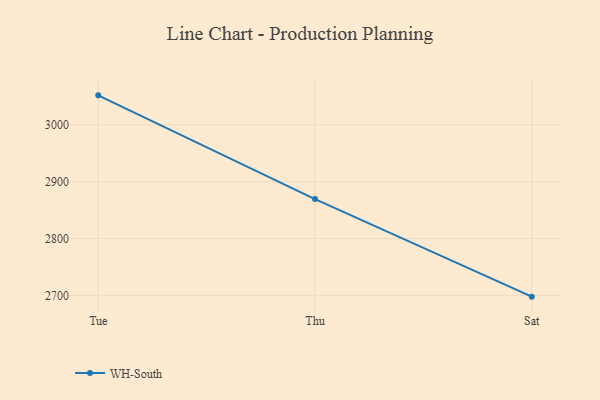
{"axis": {"x": "Day", "y": "Population (Million)"}, "legend": ["WH-South"], "data": [{"x": "Tue", "y": 3051.7, "type": "WH-South"}, {"x": "Thu", "y": 2869.3, "type": "WH-South"}, {"x": "Sat", "y": 2697.7, "type": "WH-South"}]}